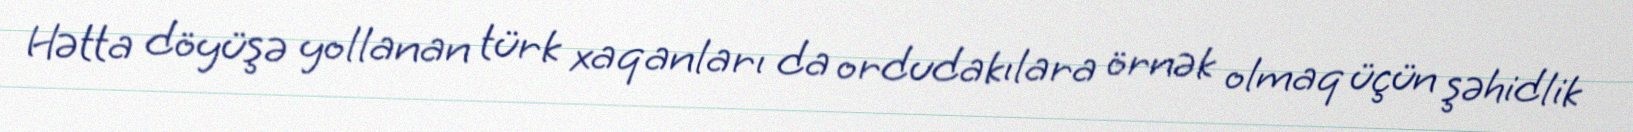
Hətta döyüşə yollanan türk xaqanları da ordudakılara örnək olmaq üçün şəhidlik